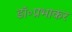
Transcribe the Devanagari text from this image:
डॉ॰प्रभाकर